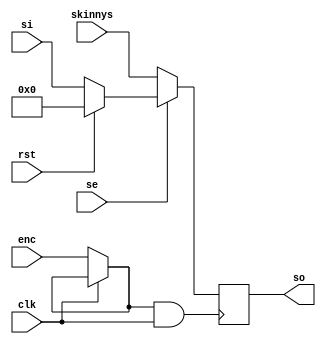
module state_reg_cg (/*AUTOARG*/
   // Outputs
   so,
   // Inputs
   si, skinnys, clk, rst, enc, se
   ) ;
   parameter initial_value = 0;
   parameter width = 32;   
   
   output reg [width-1:0] so;

   input [width-1:0]      si, skinnys;
   input 	     clk, rst, enc, se;

   wire 	     clki, enci;
   wire [width-1:0]  sr;

   assign enci = (clk == 0) ? enc : enci;   
   assign clki = enci & clk;
   assign sr = rst ? initial_value : si;   
   
   always @ (posedge clki) begin
      if (se) so <= sr;
      else so <= skinnys;
   end
   
endmodule // state_reg